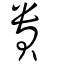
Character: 貴